65_HS1-834228961_62-HQ-83894_Section_2
Agency: FBI
Page 140
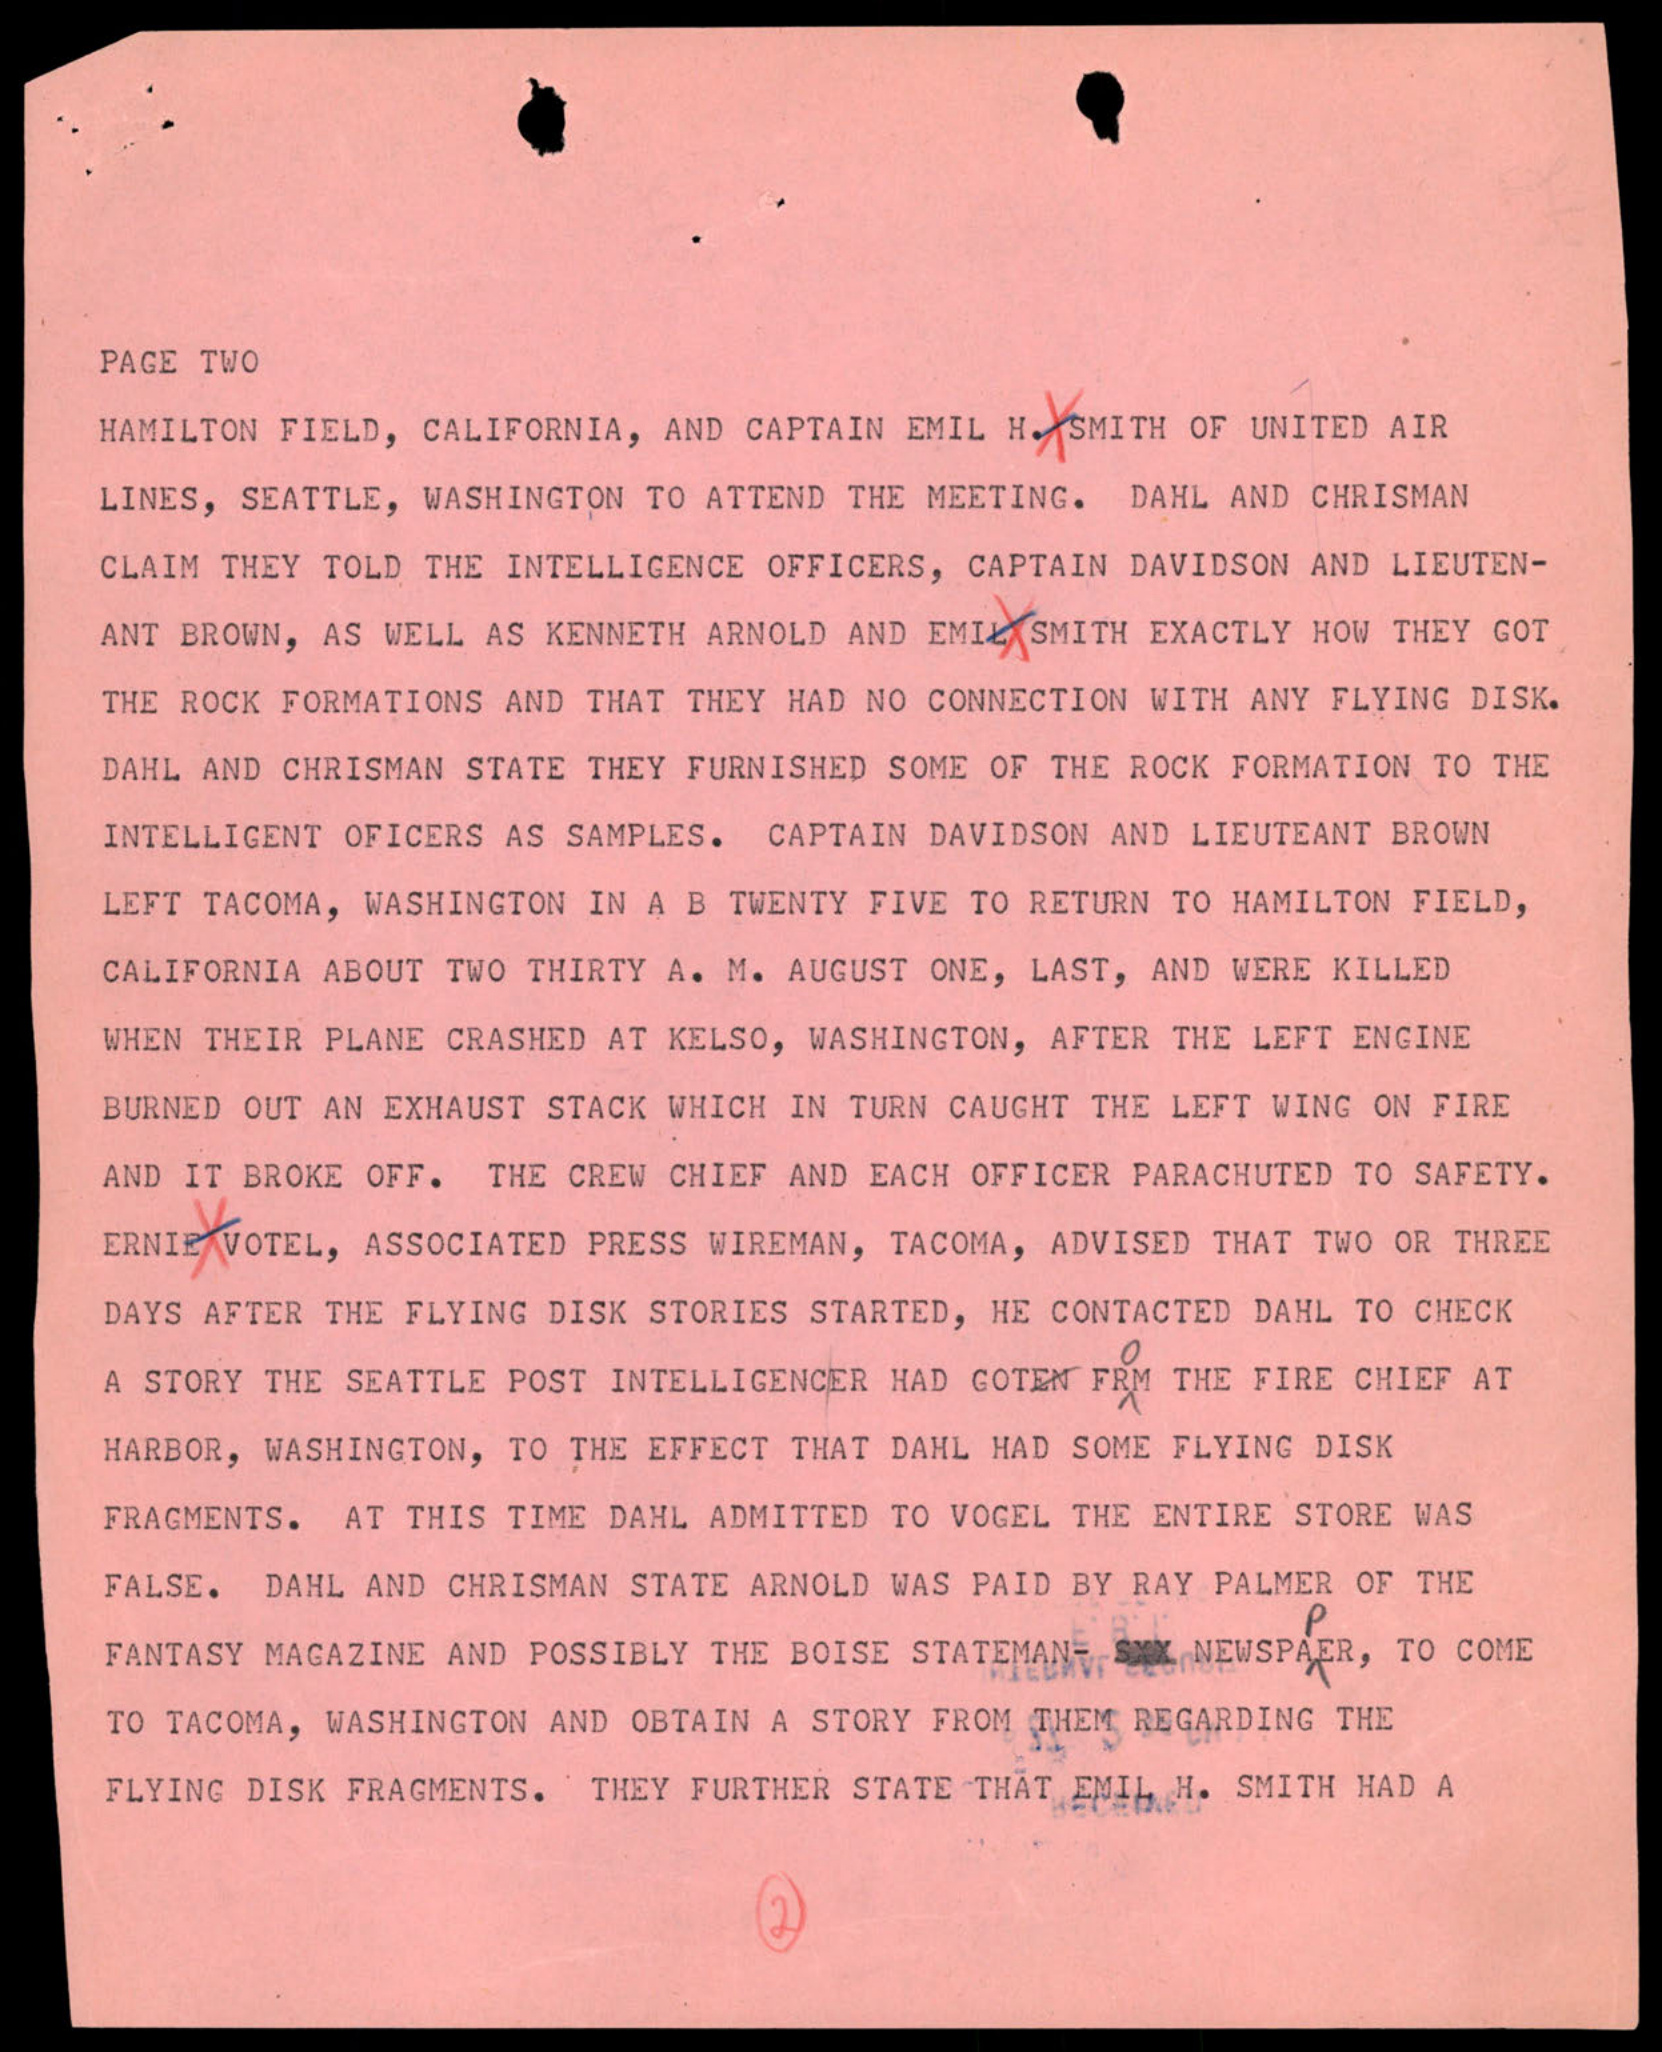